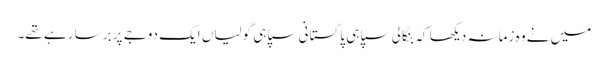
میں نے وہ زمانہ دیکھا کہ بنگالی سپاہی پاکستانی سپاہی گولیاں ایک دوجے پر برسا رہے تھے۔